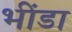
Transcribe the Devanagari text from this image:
भींडा